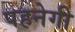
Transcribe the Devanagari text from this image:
पहनेगी